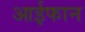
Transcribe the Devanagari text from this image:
आईफान